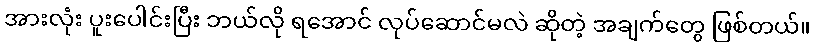
အားလုံး ပူးပေါင်းပြီး ဘယ်လို ရအောင် လုပ်ဆောင်မလဲ ဆိုတဲ့ အချက်တွေ ဖြစ်တယ်။